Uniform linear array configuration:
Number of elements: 4
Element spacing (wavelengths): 0.5
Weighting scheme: hamming
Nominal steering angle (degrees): -45
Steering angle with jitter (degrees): -44.878
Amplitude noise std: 0.05
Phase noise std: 0.05

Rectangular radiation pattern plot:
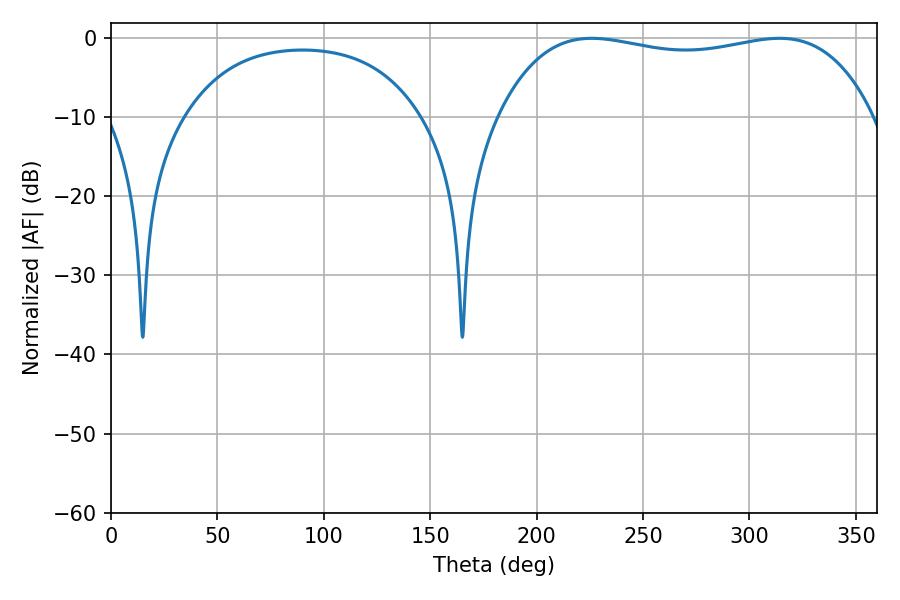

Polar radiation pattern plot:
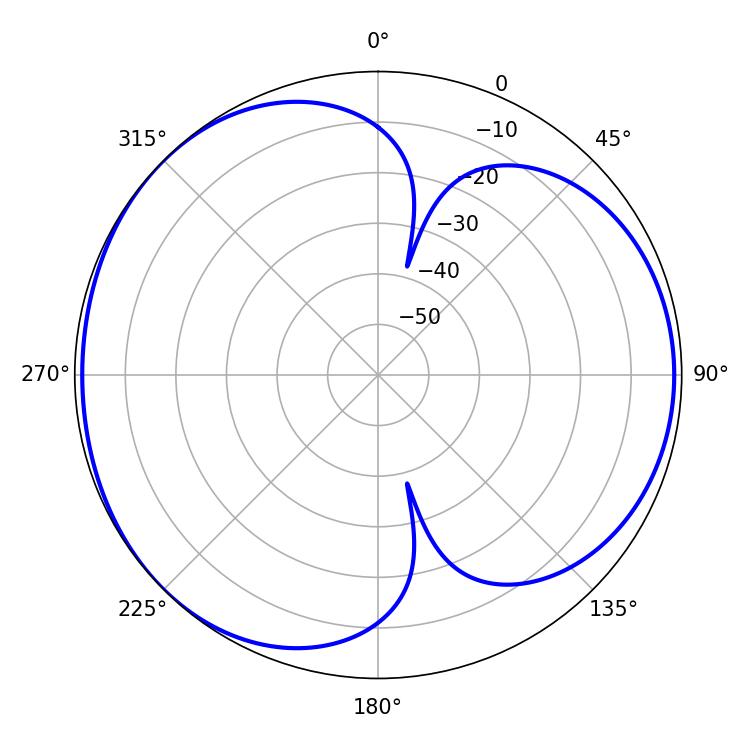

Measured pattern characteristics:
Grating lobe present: FALSE
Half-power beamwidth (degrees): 142.2
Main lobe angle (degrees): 225.9